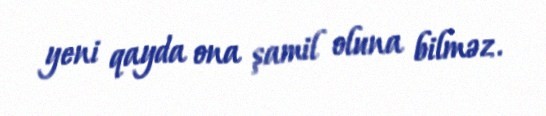
yeni qayda ona şamil oluna bilməz.